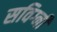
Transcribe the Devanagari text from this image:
सविग्नी